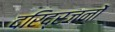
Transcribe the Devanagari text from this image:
दरिद्रजनों